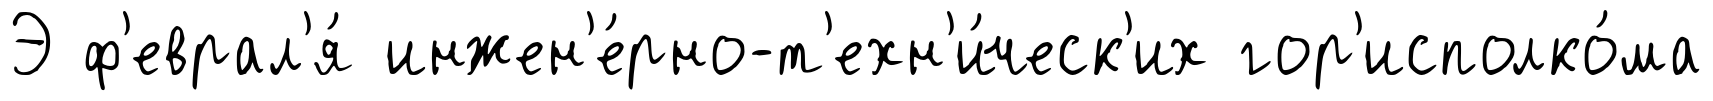
Э ф'еврал'я́ инжен'е́рно-т'ехн'и́ческ'их гор'исполко́ма